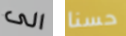
الى حسنا